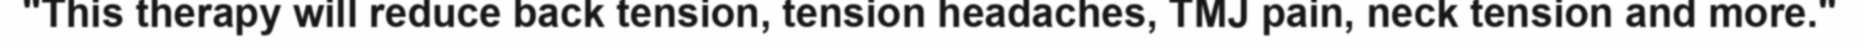
"This therapy will reduce back tension, tension headaches, TMJ pain, neck tension and more."